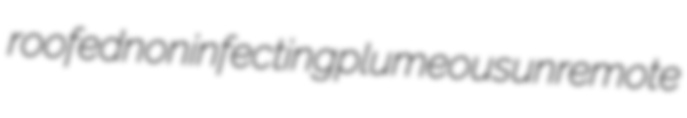
roofed noninfecting plumeous unremote